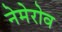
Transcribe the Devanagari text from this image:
नेमेरोव